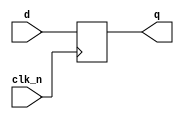
module dffn(clk_n, d, q);
  input clk_n, d;
  output q;
  reg q;

  always @(negedge clk_n) begin
    q <= d;
  end
endmodule